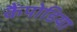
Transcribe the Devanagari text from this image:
कैंपोडिया